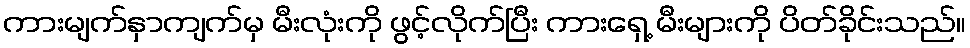
ကားမျက်နှာကျက်မှ မီးလုံးကို ဖွင့်လိုက်ပြီး ကားရှေ့ မီးများကို ပိတ်ခိုင်းသည်။